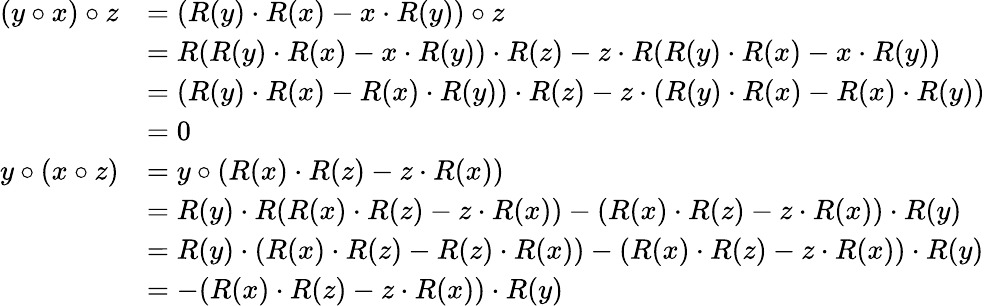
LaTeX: \begin{array}{rl}{(y\circ x)\circ z}&{=(R(y)\cdot R(x)-x\cdot R(y))\circ z}\\ &{=R(R(y)\cdot R(x)-x\cdot R(y))\cdot R(z)-z\cdot R(R(y)\cdot R(x)-x\cdot R(y))}\\ &{=(R(y)\cdot R(x)-R(x)\cdot R(y))\cdot R(z)-z\cdot(R(y)\cdot R(x)-R(x)\cdot R(y))}\\ &{=0}\\ {y\circ(x\circ z)}&{=y\circ(R(x)\cdot R(z)-z\cdot R(x))}\\ &{=R(y)\cdot R(R(x)\cdot R(z)-z\cdot R(x))-(R(x)\cdot R(z)-z\cdot R(x))\cdot R(y)}\\ &{=R(y)\cdot(R(x)\cdot R(z)-R(z)\cdot R(x))-(R(x)\cdot R(z)-z\cdot R(x))\cdot R(y)}\\ &{=-(R(x)\cdot R(z)-z\cdot R(x))\cdot R(y)}\end{array}